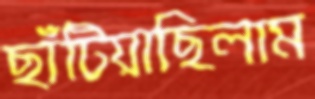
ছাঁটিয়াছিলাম